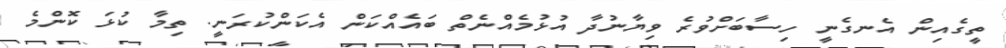
ތީގެއިން އެނގެނީ ހިސާބަށްވުރެ ވިޔާނުދާ އުޅުމެއްނެތް ބައެއްކަން އެކަންކުރަނީ. ތިމާ ކުޅަ ކޮންމެ